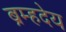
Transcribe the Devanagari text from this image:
ब्रम्हदेय